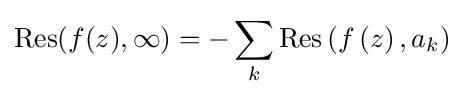
\operatorname {Res} (f(z),\infty )=-\sum _{k}\operatorname {Res} \left(f\left(z\right),a_{k}\right)